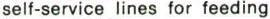
self-service lines for feeding